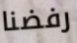
رفضنا